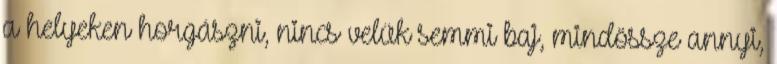
a helyeken horgászni, nincs velük semmi baj, mindössze annyi,